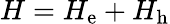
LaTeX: H=H_{\mathrm{e}}+H_{\mathrm{h}}